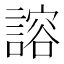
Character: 𫍇